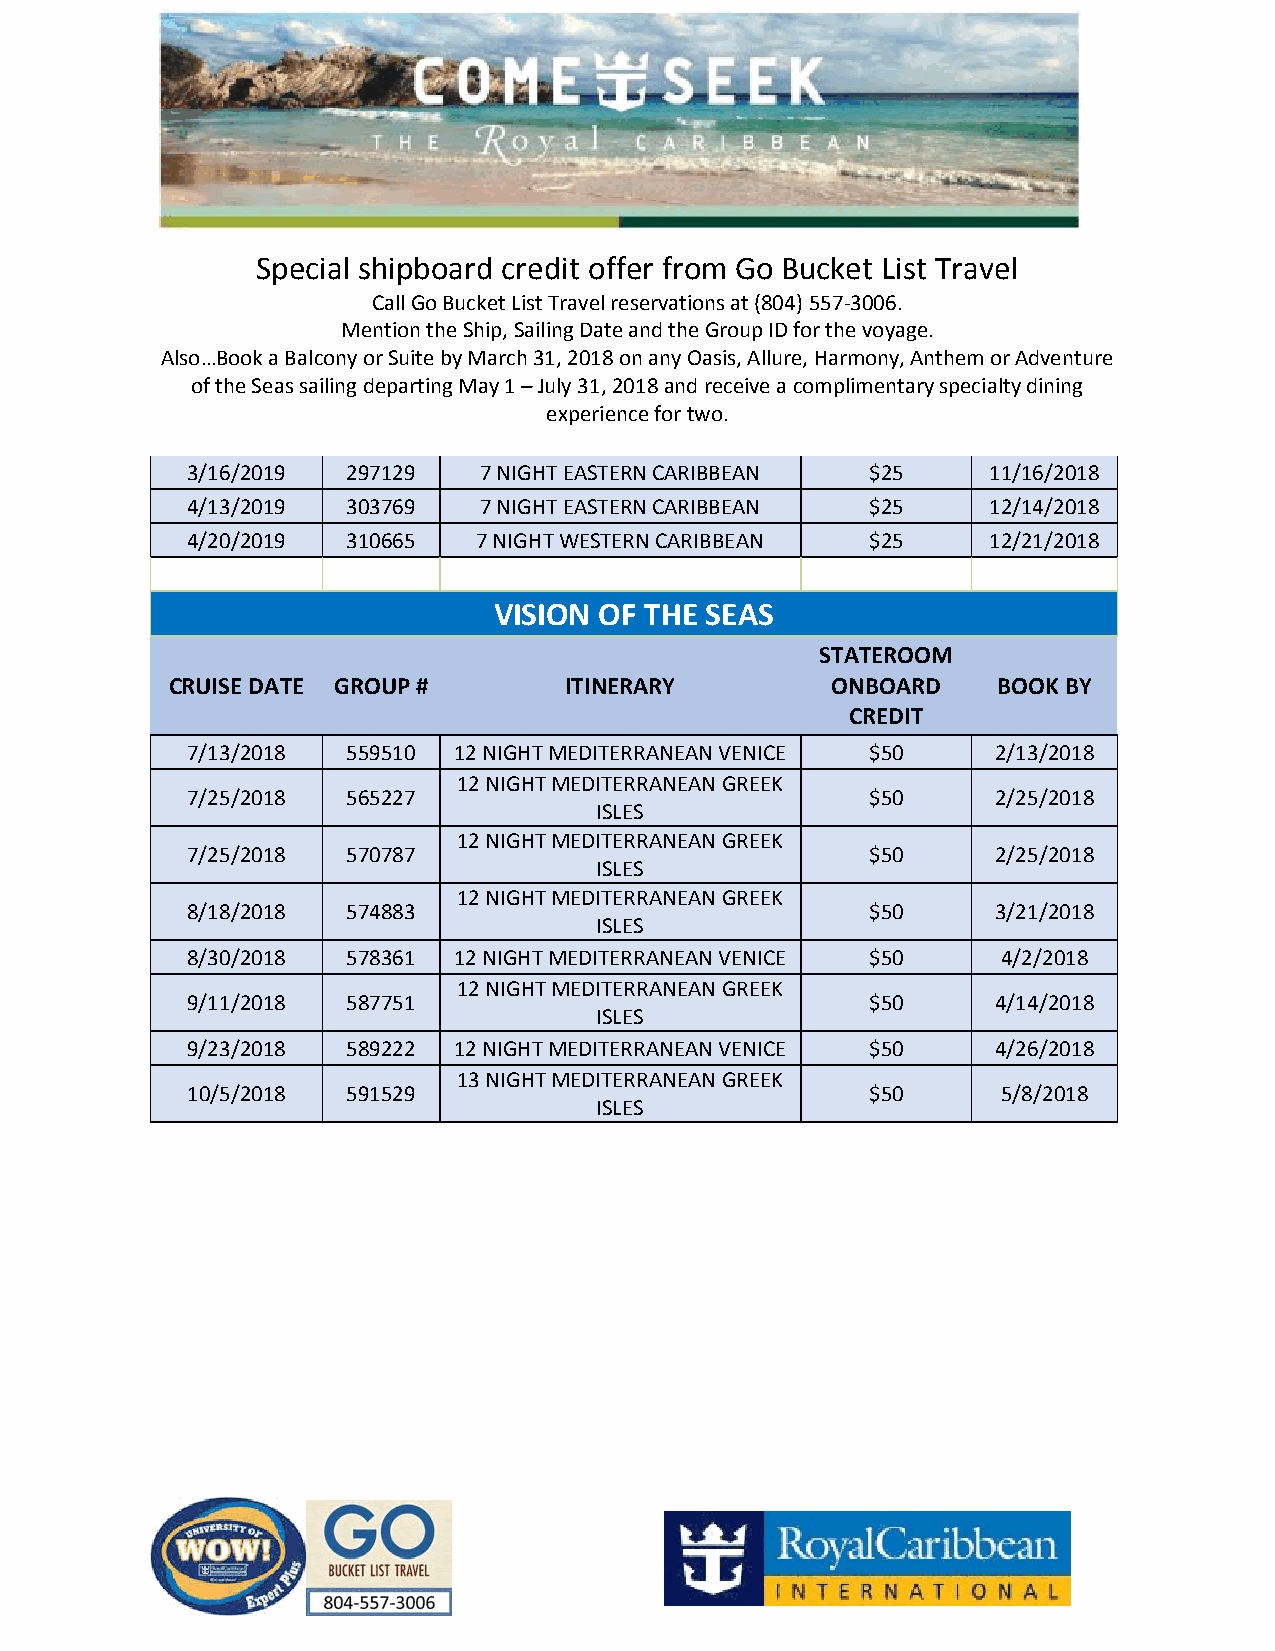
Special shipboard credit offer from Go Bucket List Travel
 Call Go Bucket List Travel reservations at (804) 557-3006.
 Mention the Ship, Sailing Date and the Group ID for the voyage.
 Also…Book a Balcony or Suite by March 31, 2018 on any Oasis, Allure, Harmony, Anthem or Adventure
 of the Seas sailing departing May 1 – July 31, 2018 and receive a complimentary specialty dining
 experience for two.
 3/16/2019  297129   7 NIGHT EASTERN CARIBBEAN $25    11/16/2018
 4/13/2019  303769   7 NIGHT EASTERN CARIBBEAN $25    12/14/2018
 4/20/2019  310665   7 NIGHT WESTERN CARIBBEAN $25    12/21/2018
 VISION OF THE SEAS
 STATEROOM
 CRUISE DATE GROUP #       ITINERARY         ONBOARD    BOOK BY
 CREDIT
 7/13/2018  559510 12 NIGHT MEDITERRANEAN VENICE $50   2/13/2018
 12 NIGHT MEDITERRANEAN GREEK
 7/25/2018  565227                             $50     2/25/2018
 ISLES
 12 NIGHT MEDITERRANEAN GREEK
 7/25/2018  570787                             $50     2/25/2018
 ISLES
 12 NIGHT MEDITERRANEAN GREEK
 8/18/2018  574883                             $50     3/21/2018
 ISLES
 8/30/2018  578361 12 NIGHT MEDITERRANEAN VENICE $50   4/2/2018
 12 NIGHT MEDITERRANEAN GREEK
 9/11/2018  587751                             $50     4/14/2018
 ISLES
 9/23/2018  589222 12 NIGHT MEDITERRANEAN VENICE $50   4/26/2018
 13 NIGHT MEDITERRANEAN GREEK
 10/5/2018  591529                             $50     5/8/2018
 ISLES